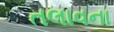
તલાવના